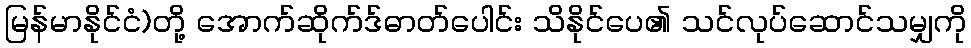
မြန်မာနိုင်ငံ)တို့ အောက်ဆိုက်ဒ်ဓာတ်ပေါင်း သိနိုင်ပေ၏ သင်လုပ်ဆောင်သမျှကို